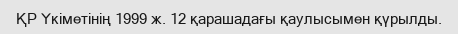
ҚР Үкіметінің 1999 ж. 12 қарашадағы қаулысымен қүрылды.